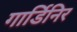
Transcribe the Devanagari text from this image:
गार्डिनिर